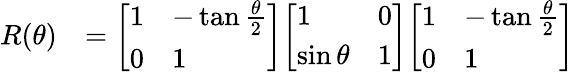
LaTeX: {\begin{array}{rl}{R(\theta)}&{={\left[\begin{array}{ll}{1}&{-\tan{\frac{\theta}{2}}}\\ {0}&{1}\end{array}\right]}{\left[\begin{array}{ll}{1}&{0}\\ {\sin\theta}&{1}\end{array}\right]}{\left[\begin{array}{ll}{1}&{-\tan{\frac{\theta}{2}}}\\ {0}&{1}\end{array}\right]}}\end{array}}